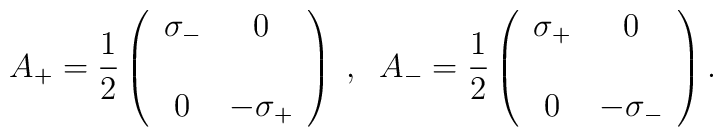
A_+=\frac{1}{2}\left(\begin{array}{cc}\sigma_-&0\\ \\ 0& -\sigma_+\end{array}\right)\; ,\;\;A_-=\frac{1}{2}\left(\begin{array}{cc}\sigma_+&0\\ \\ 0 & -\sigma_- \end{array}\right).